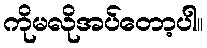
ကိုမလိုအပ်တော့ပါ။